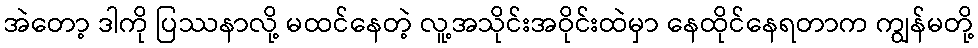
အဲတော့ ဒါကို ပြဿနာလို့ မထင်နေတဲ့ လူ့အသိုင်းအဝိုင်းထဲမှာ နေထိုင်နေရတာက ကျွန်မတို့